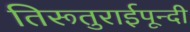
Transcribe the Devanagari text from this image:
तिरूतुराईपून्दी